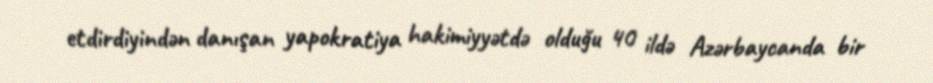
etdirdiyindən danışan yapokratiya hakimiyyətdə olduğu 40 ildə Azərbaycanda bir